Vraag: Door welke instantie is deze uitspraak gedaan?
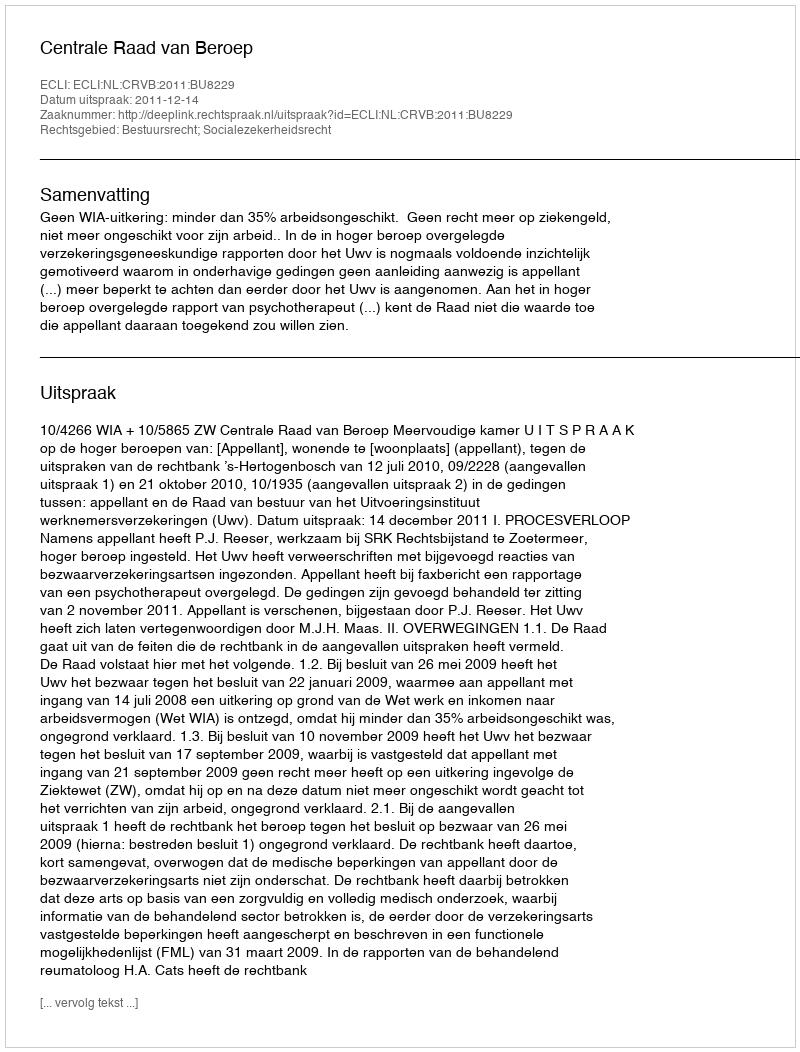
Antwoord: Centrale Raad van Beroep